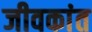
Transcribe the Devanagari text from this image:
जीवकांत